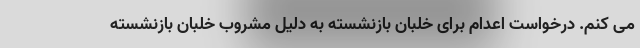
می کنم. درخواست اعدام برای خلبان بازنشسته به دلیل مشروب خلبان بازنشسته